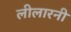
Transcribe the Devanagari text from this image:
लीलारनी